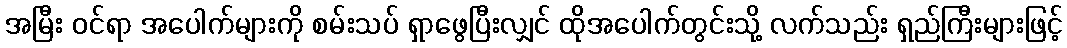
အမြီး ဝင်ရာ အပေါက်များကို စမ်းသပ် ရှာဖွေပြီးလျှင် ထိုအပေါက်တွင်းသို့ လက်သည်း ရှည်ကြီးများဖြင့်